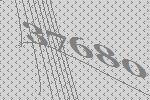
37680